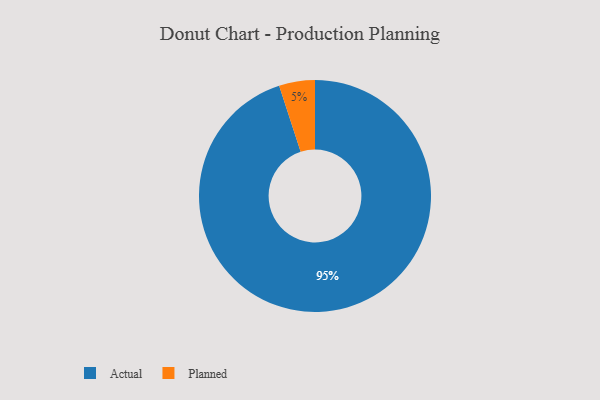
{"axis": {"x": "Category", "y": "Percentage"}, "legend": ["Actual", "Planned"], "data": [{"x": "Planned", "y": 5, "type": "Planned"}, {"x": "Actual", "y": 95, "type": "Actual"}]}